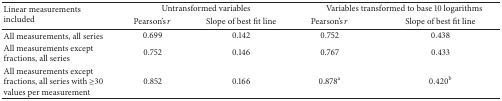
<table><thead><tr><td rowspan="2"><b>Linear measurements included</b></td><td colspan="2"><b>Untransformed variables</b></td><td colspan="2"><b>Variables transformed to base 10 logarithms</b></td></tr><tr><td><b>Pearson&#x27;s <i>r</i></b></td><td><b>Slope of best fit line</b></td><td><b>Pearson&#x27;s <i>r</i></b></td><td><b>Slope of best fit line</b></td></tr></thead><tbody><tr><td>All measurements, all series</td><td>0.699</td><td>0.142</td><td>0.752</td><td>0.438</td></tr><tr><td>All measurements except fractions, all series</td><td>0.752</td><td>0.146</td><td>0.767</td><td>0.433</td></tr><tr><td>All measurements except fractions, all series with ≥30 values per measurement</td><td>0.852</td><td>0.166</td><td>0.878<sup>a</sup></td><td>0.420<sup>b</sup></td></tr></tbody></table>